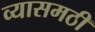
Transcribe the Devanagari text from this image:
व्यासमठी